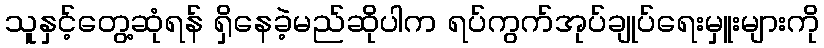
သူနှင့်တွေ့ဆုံရန် ရှိနေခဲ့မည်ဆိုပါက ရပ်ကွက်အုပ်ချုပ်ရေးမှူးများကို